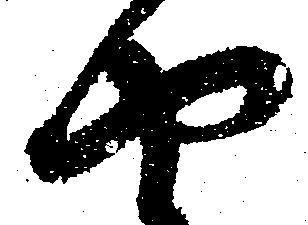
や